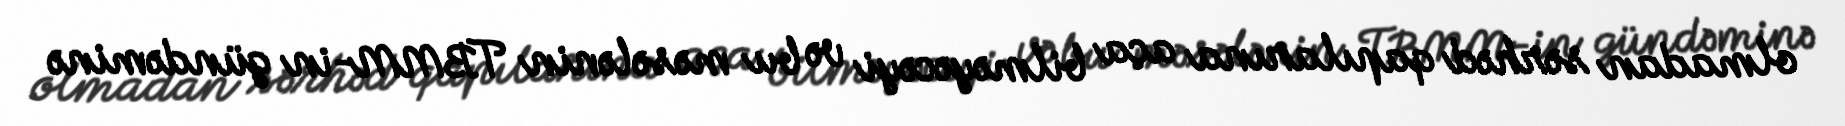
olmadan sərhəd qapılarına aça bilməyəcəyi və bu məsələnin TBMM-in gündəminə